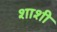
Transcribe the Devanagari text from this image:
शाशी